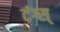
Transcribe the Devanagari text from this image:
टंग्स्